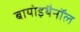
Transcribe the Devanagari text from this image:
बायोइथैनॉल